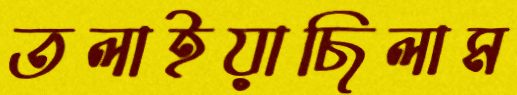
তলাইয়াছিলাম